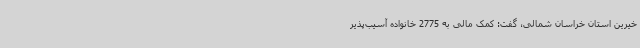
خیرین استان خراسان شمالی، گفت: کمک مالی به 2775 خانواده آسیب‌پذیر